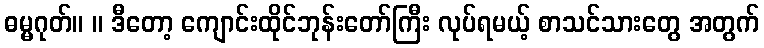
ဓမ္မဂုတ်။ ။ ဒီတော့ ကျောင်းထိုင်ဘုန်းတော်ကြီး လုပ်ရမယ့် စာသင်သားတွေ အတွက်